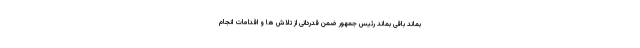
بماند باقی بماند رئیس جمهور ضمن قدردانی از تلاش ها و اقدامات انجام